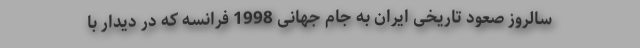
سالروز صعود تاریخی ایران به جام جهانی 1998 فرانسه که در دیدار با